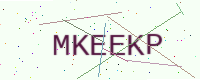
Text: MKEEKP